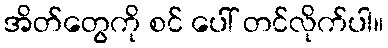
အိတ်တွေကို စင် ပေါ် တင်လိုက်ပါ။